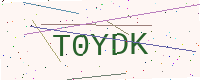
Text: T0YDK